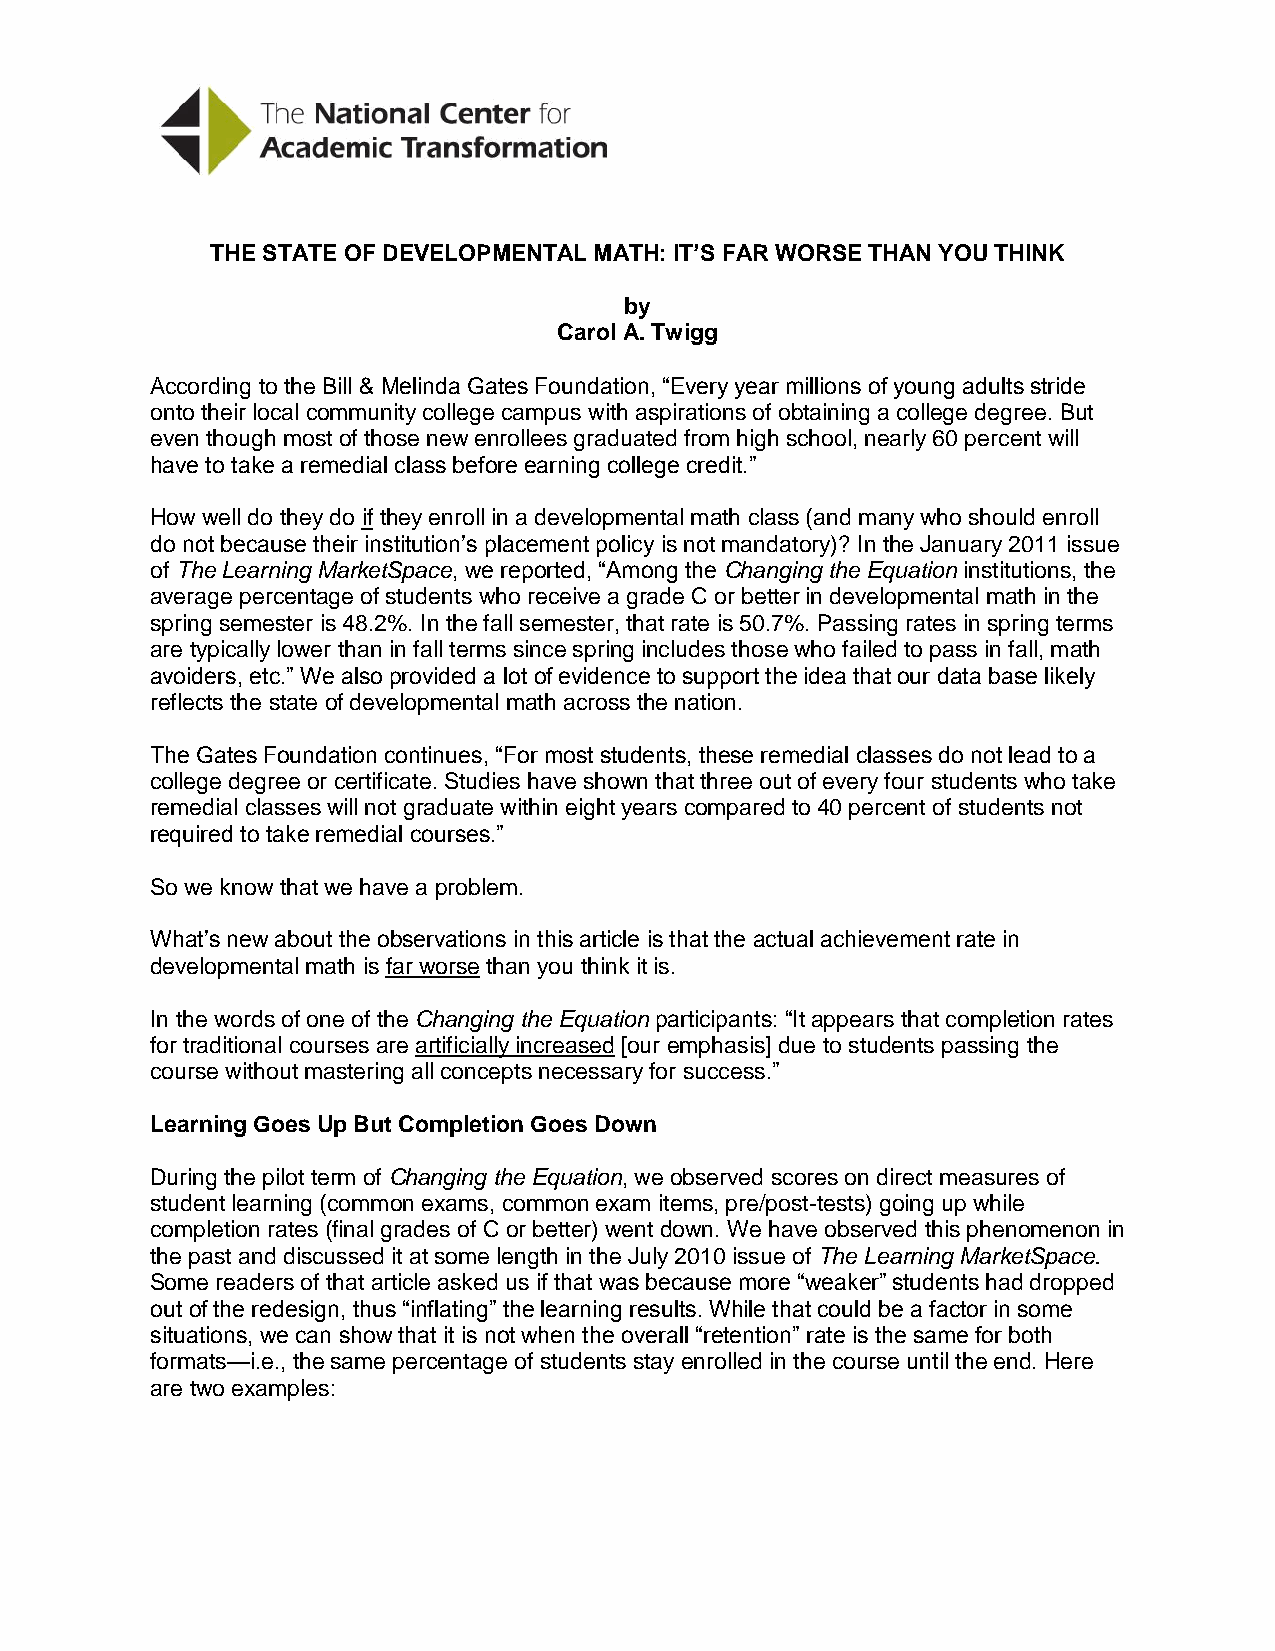
THE STATE OF DEVELOPMENTAL MATH: IT’S FAR WORSE THAN YOU THINK
 by
 Carol A. Twigg
 According to the Bill & Melinda Gates Foundation, “Every year millions of young adults stride
 onto their local community college campus with aspirations of obtaining a college degree. But
 even though most of those new enrollees graduated from high school, nearly 60 percent will
 have to take a remedial class before earning college credit.”
 How well do they do if they enroll in a developmental math class (and many who should enroll
 do not because their institution’s placement policy is not mandatory)? In the January 2011 issue
 of The Learning MarketSpace, we reported, “Among the Changing the Equation institutions, the
 average percentage of students who receive a grade C or better in developmental math in the
 spring semester is 48.2%. In the fall semester, that rate is 50.7%. Passing rates in spring terms
 are typically lower than in fall terms since spring includes those who failed to pass in fall, math
 avoiders, etc.” We also provided a lot of evidence to support the idea that our data base likely
 reflects the state of developmental math across the nation.
 The Gates Foundation continues, “For most students, these remedial classes do not lead to a
 college degree or certificate. Studies have shown that three out of every four students who take
 remedial classes will not graduate within eight years compared to 40 percent of students not
 required to take remedial courses.”
 So we know that we have a problem.
 What’s new about the observations in this article is that the actual achievement rate in
 developmental math is far worse than you think it is.
 In the words of one of the Changing the Equation participants: “It appears that completion rates
 for traditional courses are artificially increased [our emphasis] due to students passing the
 course without mastering all concepts necessary for success.”
 Learning Goes Up But Completion Goes Down
 During the pilot term of Changing the Equation, we observed scores on direct measures of
 student learning (common exams, common exam items, pre/post-tests) going up while
 completion rates (final grades of C or better) went down. We have observed this phenomenon in
 the past and discussed it at some length in the July 2010 issue of The Learning MarketSpace.
 Some readers of that article asked us if that was because more “weaker” students had dropped
 out of the redesign, thus “inflating” the learning results. While that could be a factor in some
 situations, we can show that it is not when the overall “retention” rate is the same for both
 formats—i.e., the same percentage of students stay enrolled in the course until the end. Here
 are two examples: